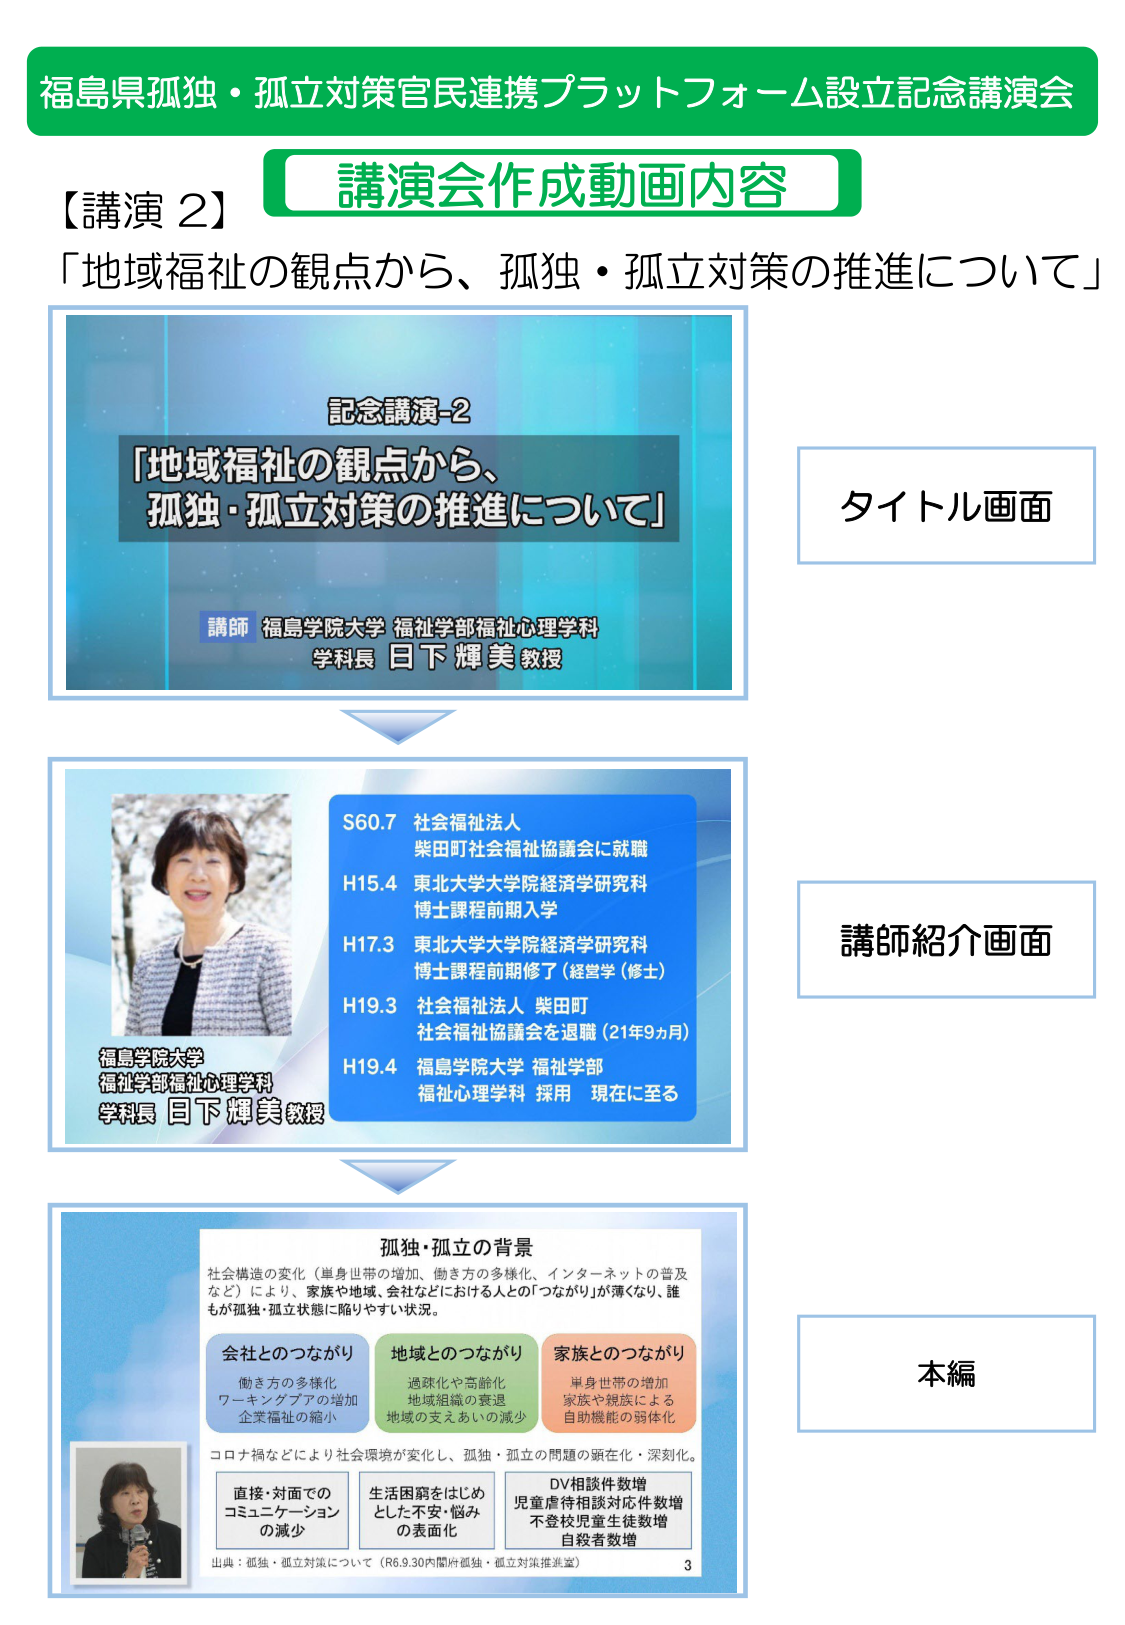
福島県孤独・孤立対策官民連携プラットフォーム設立記念講演会
講演会作成動画内容
【講演 2】
「地域福祉の観点から、孤独・孤立対策の推進について」

記念講演-2
「地域福祉の観点から、
孤独・孤立対策の推進について」
講師 福島学院大学 福祉学部福祉心理学科
学科長 日下 輝美 教授

タイトル画面

福島学院大学
福祉学部福祉心理学科
学科長 日下 輝美 教授
S60.7 社会福祉法人
柴田町社会福祉協議会に就職
H15.4 東北大学大学院経済学研究科
博士課程前期入学
H17.3 東北大学大学院経済学研究科
博士課程前期修了（経営学（修士））
H19.3 社会福祉法人 柴田町
社会福祉協議会を退職（21年9ヵ月）
H19.4 福島学院大学 福祉学部
福祉心理学科 採用 現在に至る

講師紹介画面

孤独・孤立の背景
社会構造の変化（単身世帯の増加、働き方の多様化、インターネットの普及
など）により、家族や地域、会社などにおける人との「つながり」が薄くなり、誰
もが孤独・孤立状態に陥りやすい状況。

会社とのつながり
働き方の多様化
ワーキングプアの増加
企業福祉の縮小

地域とのつながり
過疎化や高齢化
地域組織の衰退
地域の支えあいの減少

家族とのつながり
単身世帯の増加
家族や親族による
自助機能の弱体化

コロナ禍などにより社会環境が変化し、孤独・孤立の問題の顕在化・深刻化。

直接・対面での
コミュニケーション
の減少

生活困窮をはじめ
とした不安・悩み
の表面化

DV相談件数増
児童虐待相談対応件数増
不登校児童生徒数増
自殺者数増

出典：孤独・孤立対策について（R6.9.30内閣府孤独・孤立対策推進室）
3

本編